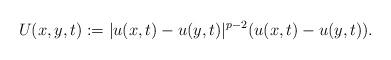
LaTeX: \begin{align*}U(x,y,t):=|u(x,t)-u(y,t)|^{p-2}(u(x,t)-u(y,t)).\end{align*}